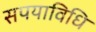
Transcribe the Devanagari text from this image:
सपयाविधि